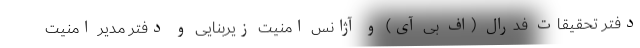
دفتر تحقیقات فدرال (اف بی آی) و آژانس امنیت زیربنایی و دفتر مدیر امنیت